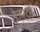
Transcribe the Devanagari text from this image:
डेज़र्ट्स